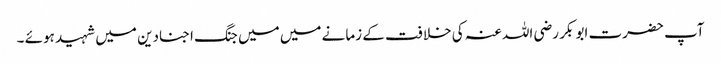
آپ حضرت ابو بکر رضی اللہ عنہ کی خلافت کے زمانے میں میں جنگ اجنادین میں شہید ہوئے ۔